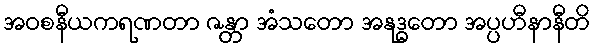
အဝစနီယကရဏတာ ဇန္တာ အံသတော အနုဒ္ဓတော အပ္ပဟီနာနီတိ